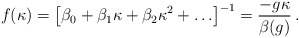
\begin{align*}f(\kappa) = \left[ \beta_{0} + \beta_{1} \kappa + \beta_{2} \kappa^{2} +\ldots \right]^{-1} = \frac{- g \kappa}{\beta (g)}\, .\end{align*}